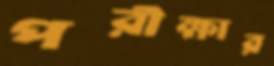
পরীক্ষার